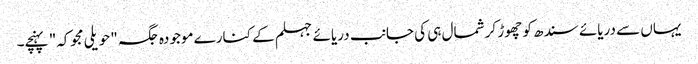
یہاں سے دریائے سندھ کو چھوڑ کر شمال ہی کی جانب دریائے جہلم کے کنارے موجودہ جگہ "حویلی مجوکہ" پہنچے۔